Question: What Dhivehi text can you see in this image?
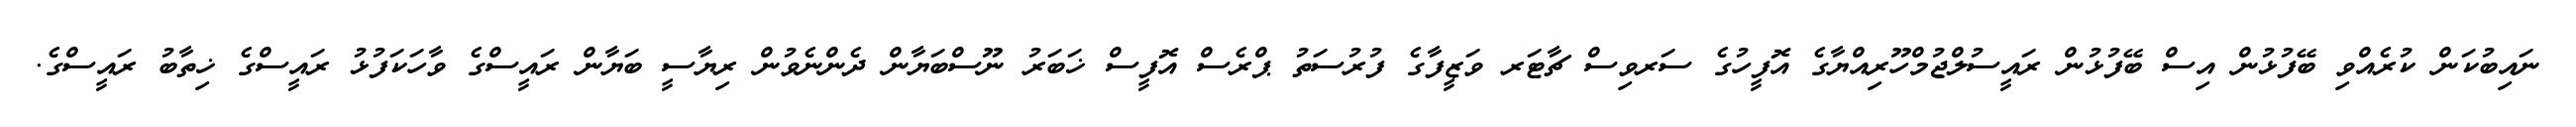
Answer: ނައިބުކަން ކުރެއްވި ބޭފުޅުން އިސް ބޭފުޅުން ރައީސުލްޖުމްހޫރިއްޔާގެ އޮފީހުގެ ސަރވިސް ޗާޓަރ ވަޒީފާގެ ފުރުސަތު ޕްރެސް އޮފީސް ޚަބަރު ނޫސްބަޔާން ދެންނެވުން ރިޔާސީ ބަޔާން ރައީސްގެ ވާހަކަފުޅު ރައީސްގެ ޚިތާބު ރައީސްގެ.